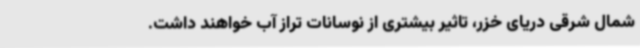
شمال شرقی دریای خزر، تاثیر بیشتری از نوسانات تراز آب خواهند داشت.